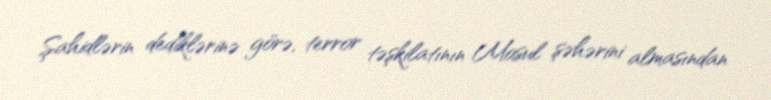
Şahidlərin dediklərinə görə, terror təşkilatının Mosul şəhərini almasından